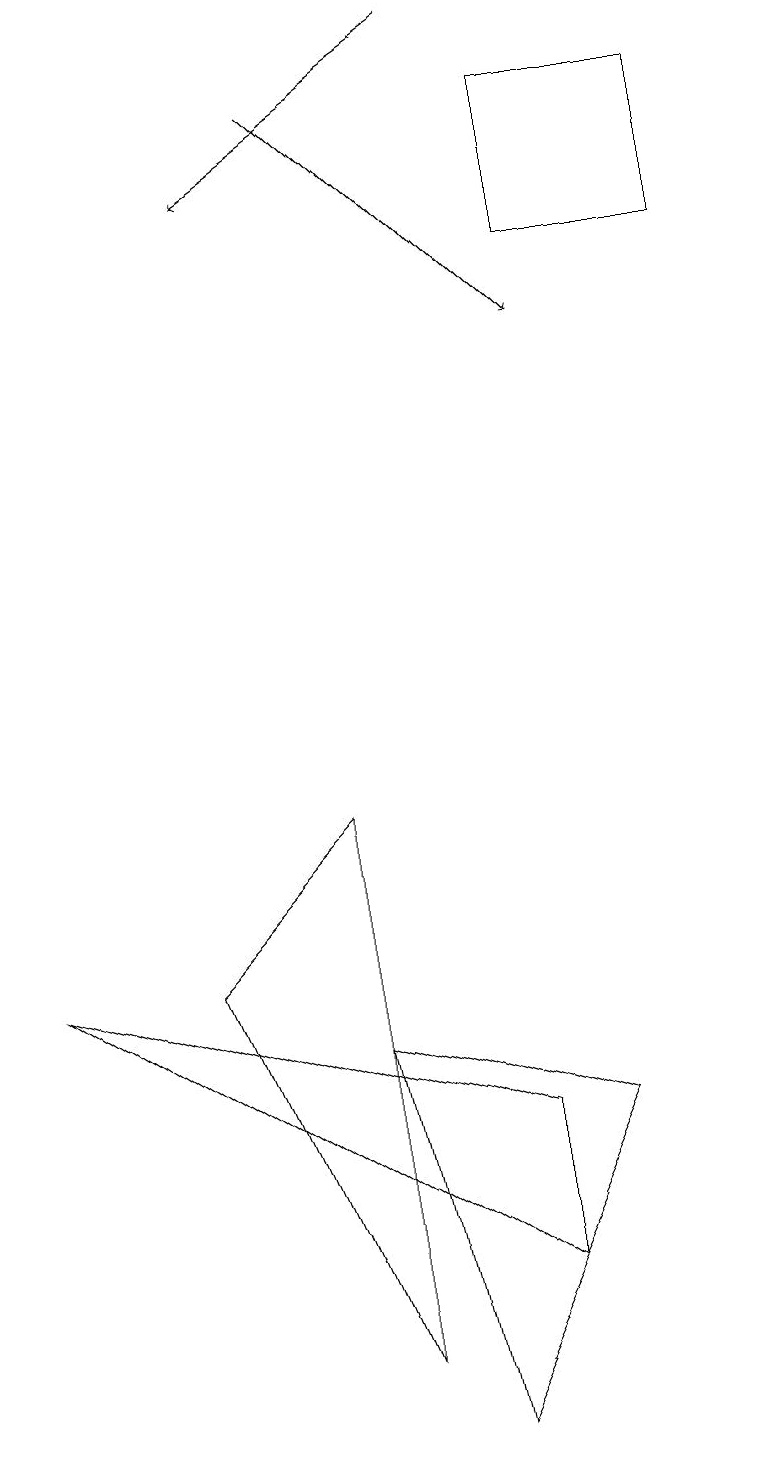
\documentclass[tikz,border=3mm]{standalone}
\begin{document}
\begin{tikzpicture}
\draw (7,18) rectangle (7,17);
\draw[->] (6,19) -- (3,17);
\draw (5,1) -- (4,6) -- (7,5) -- cycle;
\draw (4,2) -- (4,9) -- (2,7) -- cycle;
\draw[->] (4,18) -- (7,15);
\draw (6,3) -- (6,5) -- (0,7) -- cycle;
\draw (9,16) rectangle (7,18);
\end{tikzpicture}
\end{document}